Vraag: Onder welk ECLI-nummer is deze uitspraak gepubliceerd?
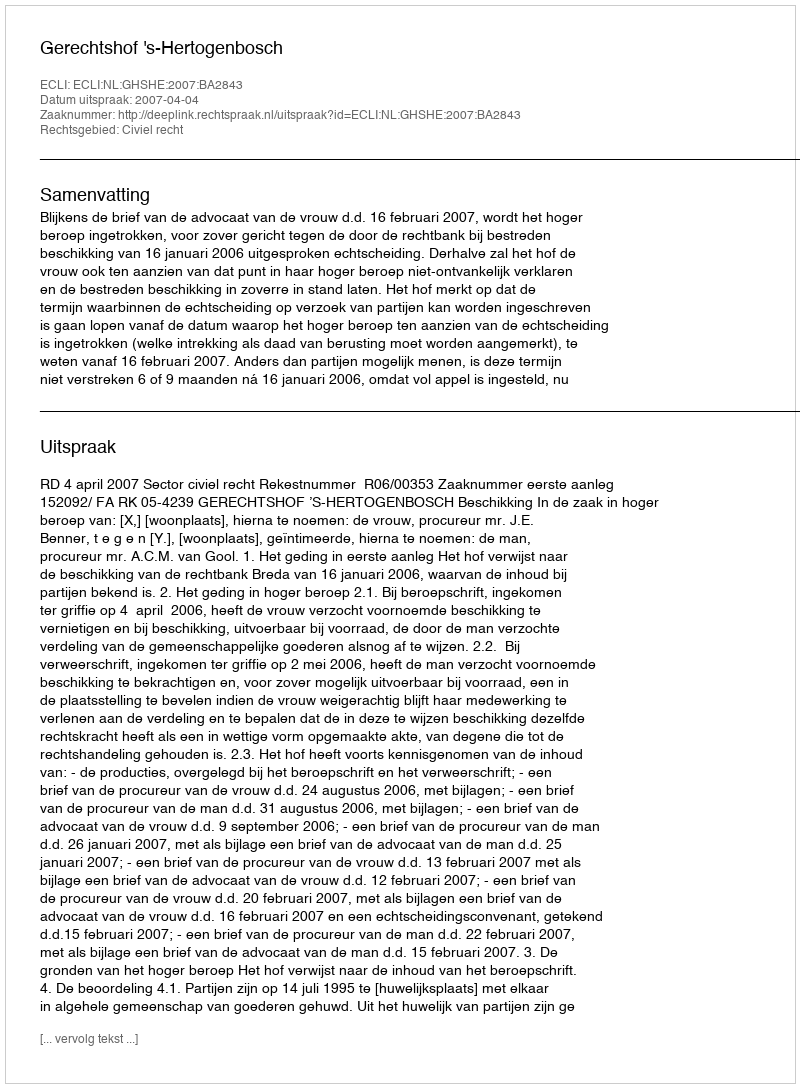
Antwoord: ECLI:NL:GHSHE:2007:BA2843